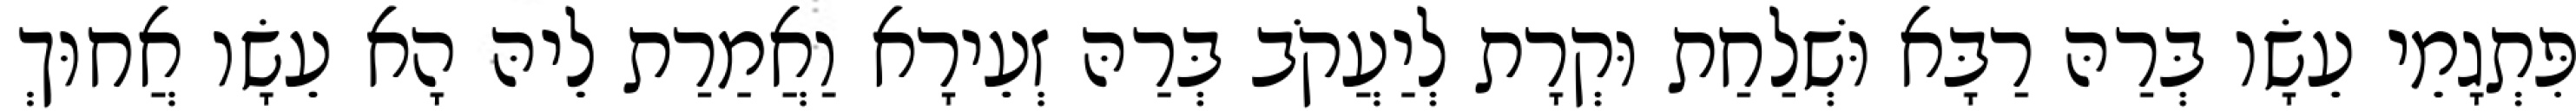
פִּתְגָמֵי עֵשָׂו בְּרַהּ רַבָּא וּשְׁלַחַת וּקְרָת לְיַעֲקֹב בְּרַהּ זְעֵירָא וַאֲמַרַת לֵיהּ הָא עֵשָׂו אֲחוּךְ